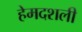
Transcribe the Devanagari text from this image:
हेमदशली